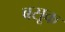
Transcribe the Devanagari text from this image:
बसूक